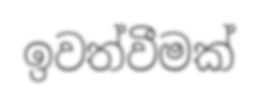
ඉවත්වීමක්